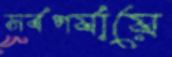
সর্বপর্যায়ে